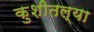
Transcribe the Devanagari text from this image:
कुशीतल्या